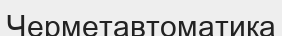
Черметавтоматика